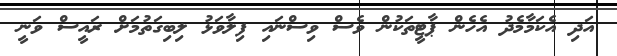
އަދި އެކަމާމެދު އެހެން ޕާޓީތަކުން ވެސް ވިސްނައި ފިލާވަޅު ލިބިގަތުމަށް ރައީސް ވަނީ